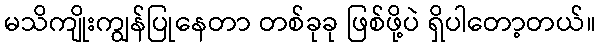
မသိကျိုးကျွန်ပြုနေတာ တစ်ခုခု ဖြစ်ဖို့ပဲ ရှိပါတော့တယ်။